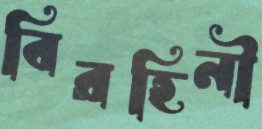
বিরহিনী